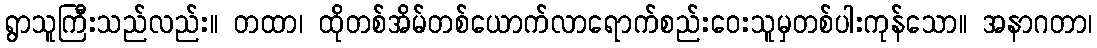
ရွာသူကြီးသည်လည်း။ တထာ၊ ထိုတစ်အိမ်တစ်ယောက်လာရောက်စည်းဝေးသူမှတစ်ပါးကုန်သော။ အနာဂတာ၊